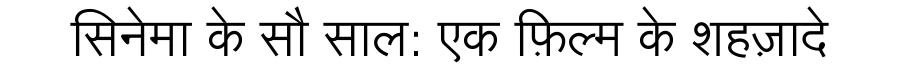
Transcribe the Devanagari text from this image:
सिनेमा के सौ साल: एक फ़िल्म के शहज़ादे